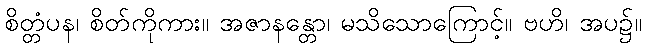
စိတ္တံပန၊ စိတ်ကိုကား။ အဇာနန္တော၊ မသိသောကြောင့်။ ဗဟိ၊ အပ၌။